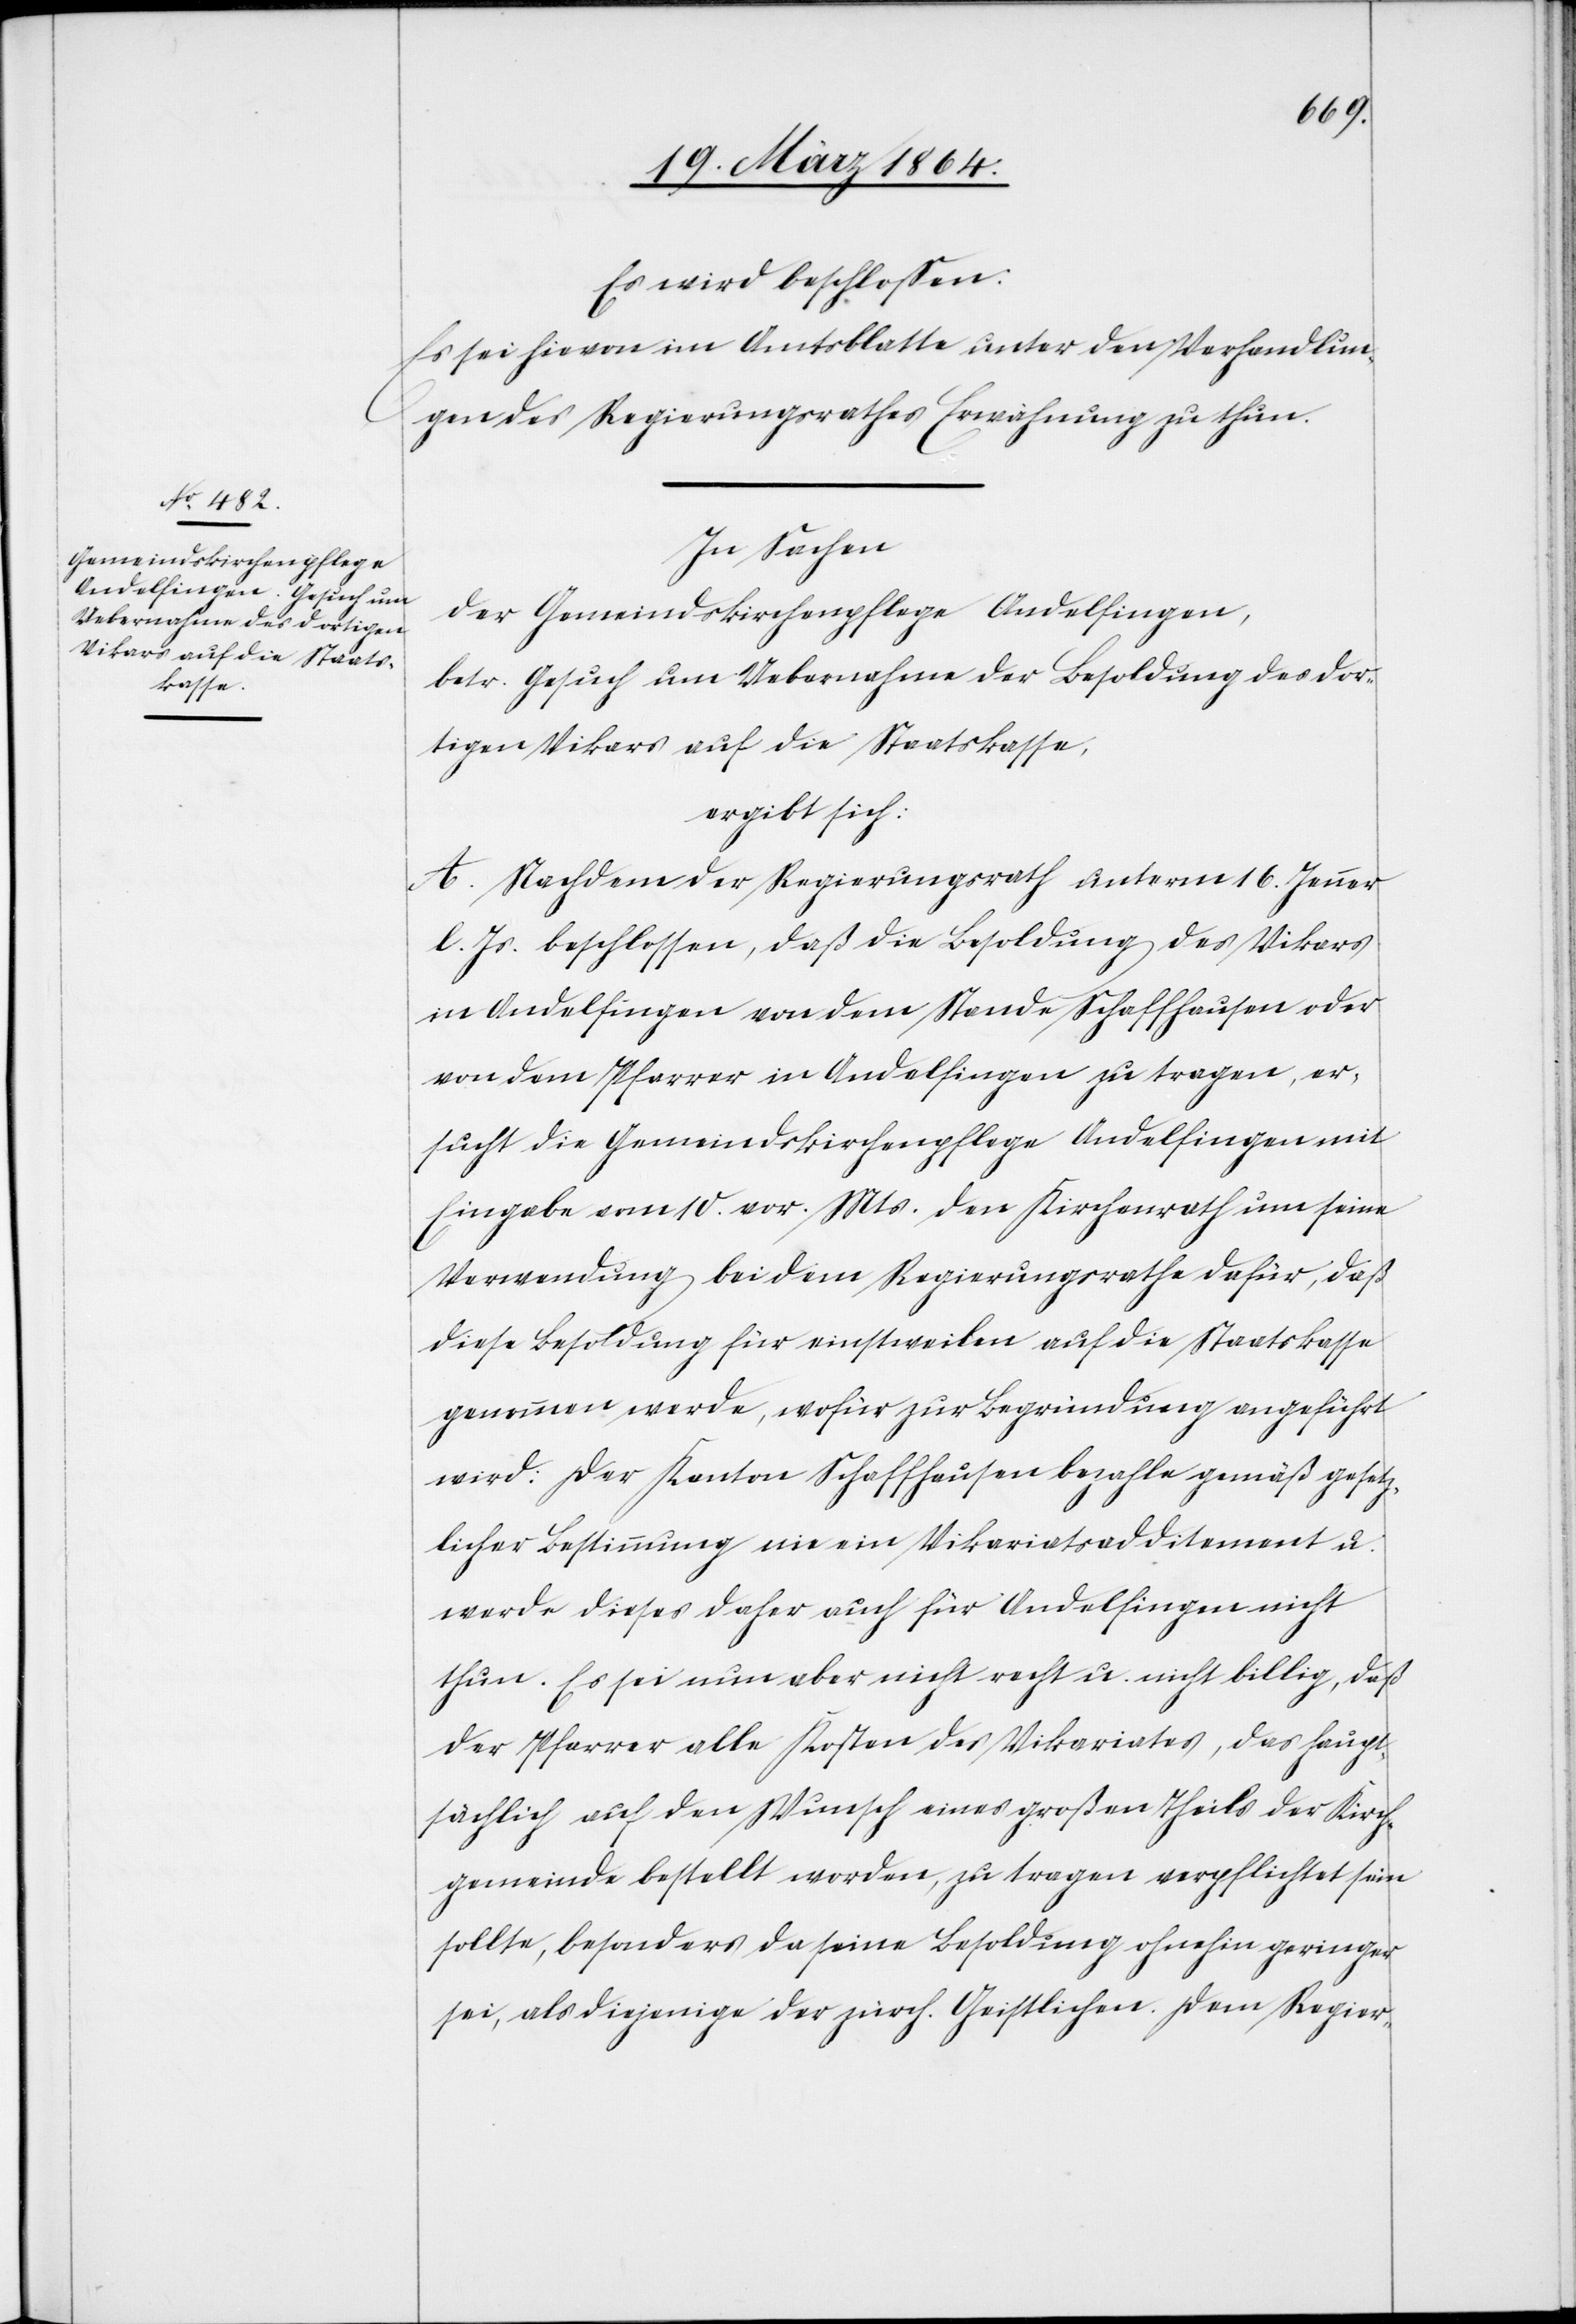
Es wird beschlossen:
Es sei hievon im Amtsblatte unter den Verhandlun¬
gen des Regierungsrathes Erwähnung zu thun.
In Sachen
der Gemeindskirchenpflege Andelfingen,
betr. Gesuch um Uebernahme der Besoldung des dor¬
tigen Vikars auf die Staatskasse,
ergibt sich:
A. Nachdem der Regierungsrath unterm 16. Jenner
l. Js. beschlossen, daß die Besoldung des Vikars
in Andelfingen von dem Stande Schaffhausen oder
von dem Pfarrer in Andelfingen zu tragen, er¬
sucht die Gemeindskirchenpflege Andelfingen mit
Eingabe vom 10. vor. Mts. den Kirchenrath um seine
Verwendung bei dem Regierungsrathe dafür, daß
diese Besoldung für einstweilen auf die Staatskasse
genommen werde, wofür zur Begründung angeführt
wird: Der Kanton Schaffhausen bezahle gemäß gesetz¬
licher Bestimmung nie ein Vikariatsadditement u.
werde dieses daher auch für Andelfingen nicht
thun. Es sei nun aber nicht recht u. nicht billig, daß
der Pfarrer alle Kosten des Vikariates, das haupt¬
sächlich auf den Wunsch eines großen Theils der Kirch¬
gemeinde bestellt worden, zu tragen verpflichtet sein
sollte, besonders da seine Besoldung ohnehin geringer
sei, als diejenige der zürch. Geistlichen. Dem Regier-